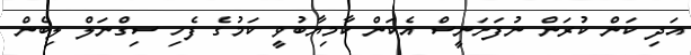
އަދި ކަން ކުރަން ނުފަށަނީސް އެކަން ކާމިޔާބުވީ ކަމުގެ ފެހި ސިގްނަލް ލިބެން